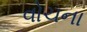
વોચના